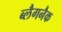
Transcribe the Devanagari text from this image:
ब्लैगनैक